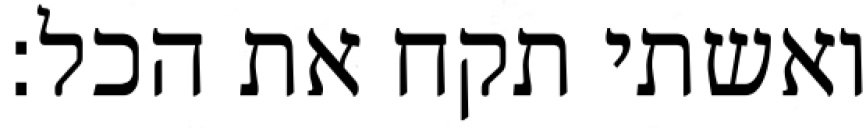
ואשתי תקח את הכל: